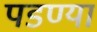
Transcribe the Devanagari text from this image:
पडण्या